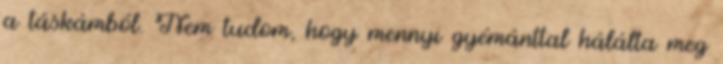
a táskámból. Nem tudom, hogy mennyi gyémánttal hálálta meg